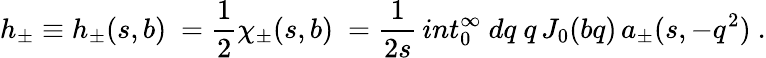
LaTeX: h_{\pm}\equiv h_{\pm}(s,b)\ ={\frac{1}{2}}\chi_{\pm}(s,b)\ ={\frac{1}{2s}}\, int_{0}^{\infty}\ dq\ q\, J_{0}(bq)\, a_{\pm}(s,-q^{2})\ .